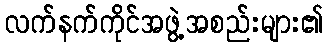
လက်နက်ကိုင်အဖွဲ့အစည်းများ၏